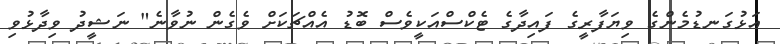
އަޅުގަނޑުމެންގެ ވިޔަފާރީގެ ފައިދާގެ ޓެކްސްއަކީވެސް ބޮޑު އެއްޗަކަށް ވެެގެން ނުވާނެ" ނަޝީދު ވިދާޅުވި